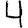
Digit: 4